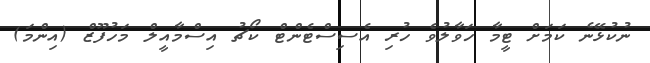
ނުކުޅޭނެ ކަމަށް ޓީމާ ހަވާލުވެ ހުރި އެސިސްޓެންޓް ކޯޗު އިސްމާއީލް މަހުފޫޒް (އިންމަ)